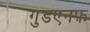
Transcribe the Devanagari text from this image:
गुडएनफ़